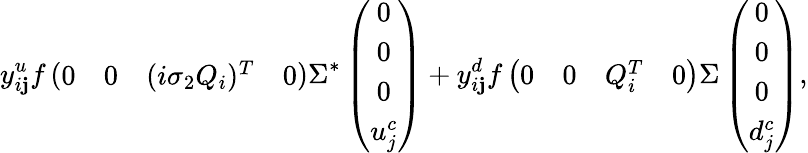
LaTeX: y_{i\mathbf{j}}^{u}f\left({\begin{array}{cccc}{{0}}&{{0}}&{{(i\sigma_{2}Q_{i})^{T}}}&{{0}}\end{array}}\right)\Sigma^{*}\left(\begin{array}{c}{{0}}\\ {{0}}\\ {{0}}\\ {{u_{j}^{c}}}\end{array}\right)+y_{i\mathbf{j}}^{d}f\left({\begin{array}{cccc}{{0}}&{{0}}&{{Q_{i}^{T}}}&{{0}}\end{array}}\right)\Sigma\left(\begin{array}{c}{{0}}\\ {{0}}\\ {{0}}\\ {{d_{j}^{c}}}\end{array}\right),